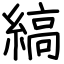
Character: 縞